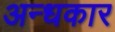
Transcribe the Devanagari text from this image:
अन्‍धकार